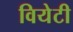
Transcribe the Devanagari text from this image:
वियेटी